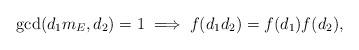
LaTeX: \begin{align*} \gcd(d_1 m_E, d_2) = 1 \; \Longrightarrow \; f(d_1d_2) = f(d_1) f(d_2),\end{align*}